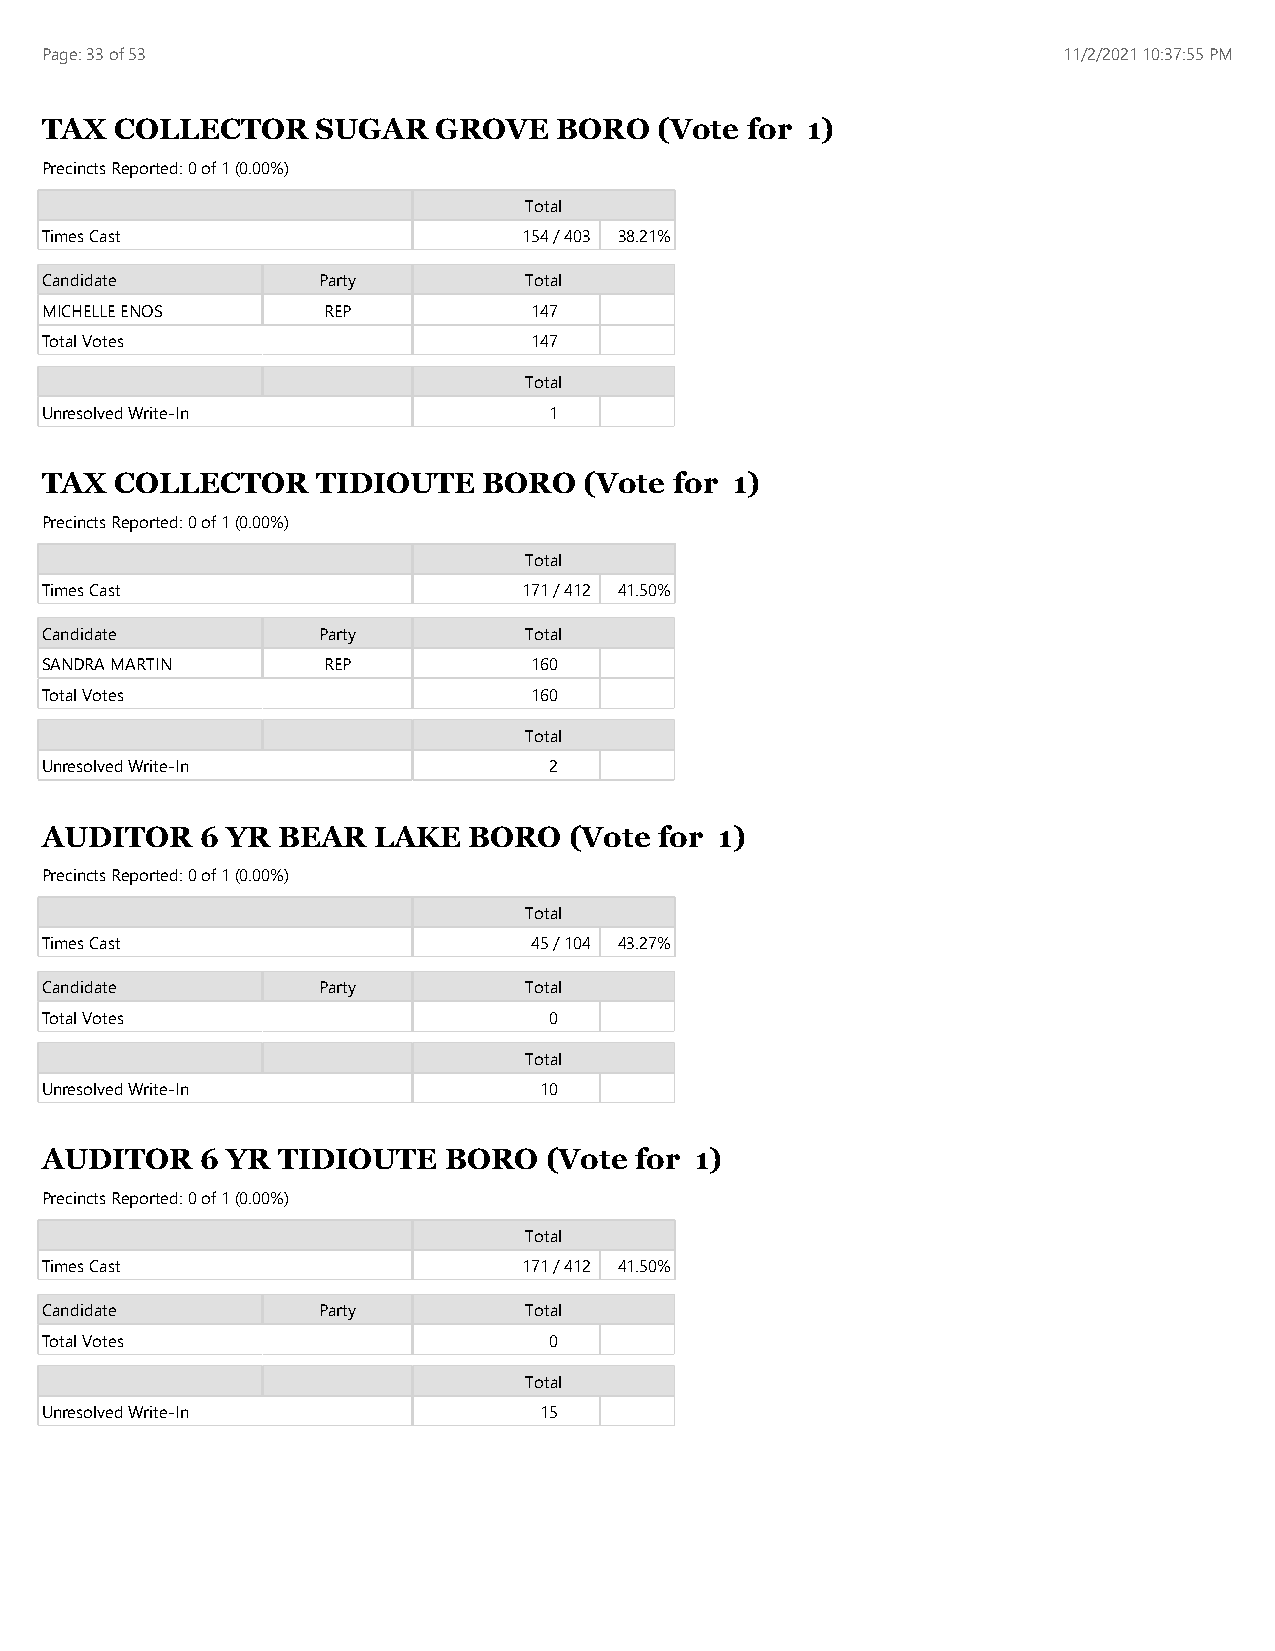
Page: 33 of 53                                                     11/2/2021 10:37:55 PM
 TAX  COLLECTOR    SUGAR   GROVE   BORO   (Vote for 1)
 Precincts Reported: 0 of 1 (0.00%)
 Total
 Times Cast                      154 / 403 38.21%
 Candidate         Party         Total
 MICHELLE ENOS     REP           147
 Total Votes                     147
 Total
 Unresolved Write-In              1
 TAX  COLLECTOR    TIDIOUTE   BORO   (Vote for 1)
 Precincts Reported: 0 of 1 (0.00%)
 Total
 Times Cast                      171 / 412 41.50%
 Candidate         Party         Total
 SANDRA MARTIN     REP           160
 Total Votes                     160
 Total
 Unresolved Write-In              2
 AUDITOR   6 YR BEAR   LAKE  BORO   (Vote for 1)
 Precincts Reported: 0 of 1 (0.00%)
 Total
 Times Cast                      45 / 104 43.27%
 Candidate         Party         Total
 Total Votes                      0
 Total
 Unresolved Write-In              10
 AUDITOR   6 YR TIDIOUTE   BORO   (Vote for 1)
 Precincts Reported: 0 of 1 (0.00%)
 Total
 Times Cast                      171 / 412 41.50%
 Candidate         Party         Total
 Total Votes                      0
 Total
 Unresolved Write-In              15